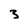
Character: 3